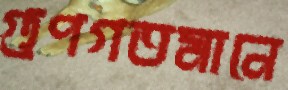
গুণগতমানে